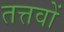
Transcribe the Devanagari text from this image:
तत्तवों